Civil Veterinary Dept. Bombay admin report 1914-1922 - 1914-1922
Year: 1914
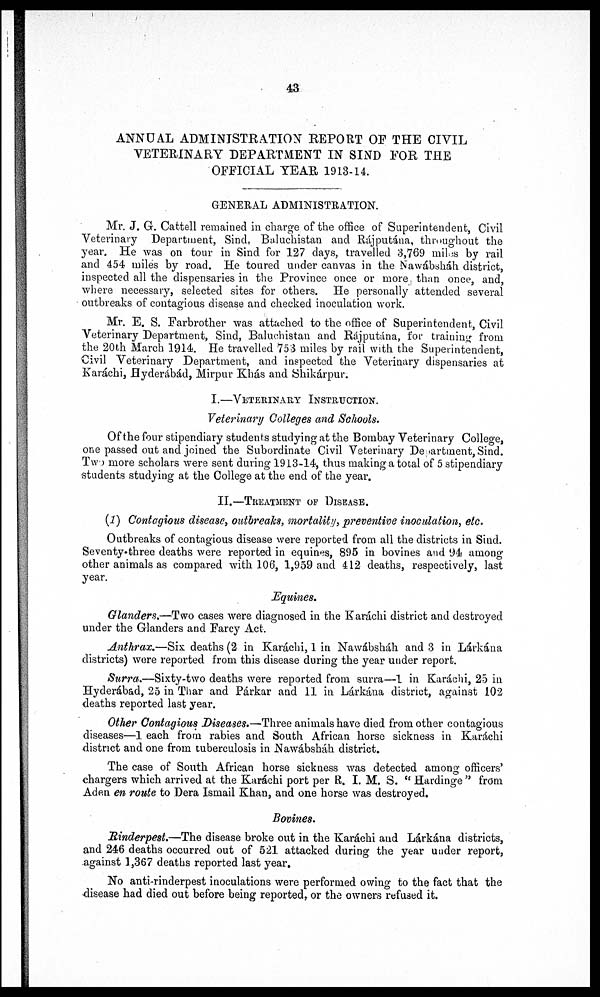
43
ANNUAL ADMINISTRATION REPORT OF THE CIVIL
VETERINARY DEPARTMENT IN SIND FOR THE
OFFICIAL YEAR 1913-14.
GENERAL ADMINISTRATION.
Mr. J. G. Cattell remained in charge of the office of Superintendent, Civil
Veterinary Department, Sind, Baluchistan and Rájputána, throughout the
year, He was on tour in Sind for 127 days, travelled 3,769 miles by rail
and 454 miles by road. He toured under canvas in the Nawabshah district,
inspected all the dispensaries in the Province once or more than once, and,
where necessary, selected sites for others. He personally attended several
outbreaks of contagious disease and checked inoculation work.
Mr. E. S. Farbrother was attached to the office of Superintendent, Civil
Veterinary Department, Sind, Baluchistan and Rájputána, for training from
the 20th March 1914. He travelled 753 miles by rail with the Superintendent,
Civil Veterinary Department, and inspected the Veterinary dispensaries at
Karáchi, Hyderábád, Mirpur Khás and Shikárpur.
I.—VETERINARY INSTRUCTION
Veterinary Colleges and Schools.
Of the four stipendiary students studying at the Bombay Veterinary College,
one passed out and joined the Subordinate Civil Veterinary Department, Sind.
Two more scholars were sent during 1913-14, thus making a total of 5 stipendiary
students studying at the College at the end of the year.
II.—TREATMENT OF DISEASE.
(1) Contagious disease, outbreaks, mortality, preventive inoculation, etc.
Outbreaks of contagious disease were reported from all the districts in Sind.
Seventy-three deaths were reported in equines, 895 in bovines and 94 among
other animals as compared with 106, 1,959 and 412 deaths, respectively, last
year.
Equines.
Glanders.—Two cases were diagnosed in the Karáchi district and destroyed
under the Glanders and Farcy Act.
Anthrax.—Six deaths (2 in Karáchi, 1 in Nawábsháh and 3 in Lárkána
districts) were reported from this disease during the year under report.
Surra.—Sixty-two deaths were reported from surra—1 in Karáchi, 25 in
Hyderábad, 25 in Thar and Párkar and 11 in Lárkána district, against 102
deaths reported last year.
Other Contagious Diseases.—Three animals have died from other contagious
diseases—1 each from rabies and South African horse sickness in Karáchi
district and one from tuberculosis in Nawábsháh district.
The case of South African horse sickness was detected among officers'
chargers which arrived at the Karáchi port per R. I. M. S. " Hardinge" from
Aden en route to Dera Ismail Khan, and one horse was destroyed.
Bovines.
Rinderpest.—The disease broke out in the Karáchi and Lárkána districts,
and 246 deaths occurred out of 521 attacked during the year under report,
against 1,367 deaths reported last year.
No anti-rinderpest inoculations were performed owing to the fact that the
disease had died out before being reported, or the owners refused it.